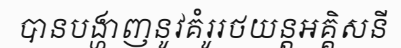
បានបង្ហាញនូវគំរូរថយន្តអគ្គិសនី